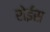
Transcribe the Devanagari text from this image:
रोईस